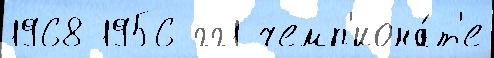
1968 1956 гг1 чемп'иона́т'е